Insane asylums in Bengal annual reports 1876-1887 - 1876-1887
Year: 1876
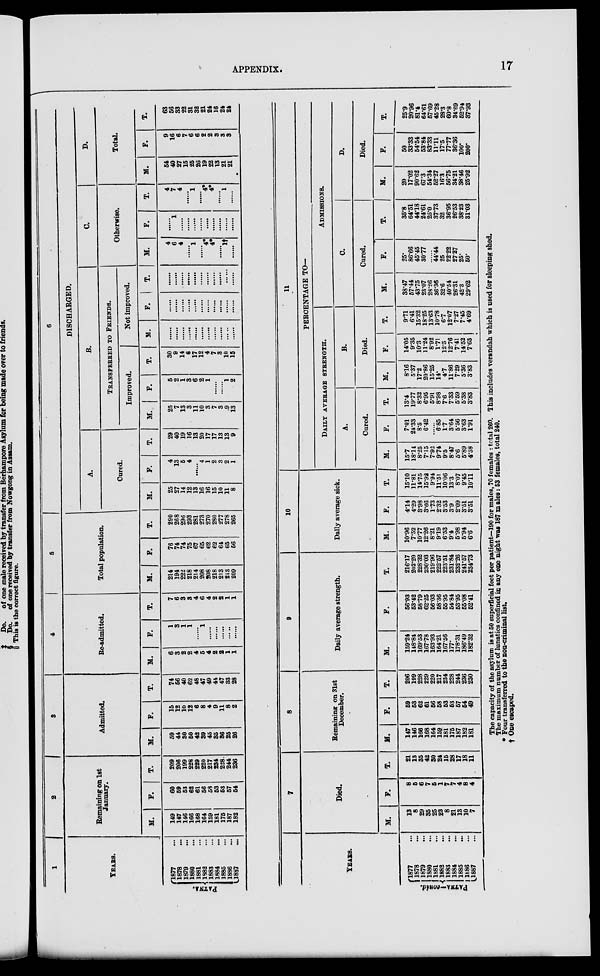
APPENDIX.
17
1
YEARS.
PATNA.
1877 ...
1878 ...
1879 ...
1880 ...
1881 ...
1882 ...
1883 ...
1884 ...
1885 ...
1886 ...
1887 ...
2
Remaining on 1st
January.
M.
149
147
146
166
168
164
159
181
175
187
182
F.
60
59
53
62
61
56
58
53
53
57
54
T .
209
206
199
228
229
220
217
234
228
244
236
3
Admitted.
M.
59
44
30
50
42
39
45
35
36
25
26
F.
15
12
10
12
6
8
4
9
11
8
2
T.
74
56
40
62
48
47
49
44
47
33
28
4
Re-admitted.
M.
6
3
2
2
4
5
4
2
2
1
1
F.
1
3
1
1
......
1
......
......
......
......
......
T.
7
6
3
3
4
6
4
2
2
1
1
5
Total population.
M.
214
194
222
218
214
208
208
218
213
213
209
F .
76
74
74
75
67
65
62
62
64
65
56
T.
290
268
296
293
281
273
270
280
277
278
265
6
DISCHARGED.
A.
Cured.
M.
25 27
14
12
13
16
16
15
10
11
8
F.
4
13
5
4
......
4
1
2
3
2
1
T.
29
40
19
16
13
20
17
17
13
13
9
B.
TRANSFERRED TO FRIENDS.
Improved.
M.
25
7
13
3
11
10
3
7
3
9
13
F.
5
2
1
3
6
2
1
......
......
1
2
T.
30
9
14
6
17
12
4
7
3
10
15
Not improved.
M.
......
......
......
......
......
......
......
......
......
......
......
F.
......
......
......
......
......
......
......
......
......
......
......
T.
......
......
......
......
......
......
......
......
......
......
......
C.
Otherwise.
M.
4
6
4
......
1
......
4*
4*
......
1†
......
F.
......
1
......
......
......
......
......
......
......
......
......
T .
4
7
4
......
1
......
4*
4*
......
1
......
D.
Total.
M.
54
40
27
15
25
26
19
22
13
21
21
F.
9
16
6
7
6
6
2
2
3
3
3
T.
63
56
33
22
31
32
21
24
16
24
24
YEARS.
PATNA—contd.
1877 ...
1878 ...
1879 ...
1880 ...
1881 ...
1882 ...
1883 ...
1884 ...
1885 ...
1886 ...
1887 ...
7
Died.
M.
13
8
29
35
25
23
8
21
13
10
7
F.
8
5
6
7
5
1
7
7
4
8
4
T.
21
13
35
42
30
24
15
28
17
18
11
8
Remaining on 31st
December.
M.
147
146
166
168
164
159
181
175
187
182
181
F.
59
53
62
61
56
58
53
53
57
54
49
T.
206
199
228
229
220
217
234
228
244
236
230
9
Daily average strength.
M.
159.24
148.84
169.53
167.78
163.93
164.21
167.56
177.
178.31
186.49
182.32
F.
56.93
53.42
58.79
62.25
56.03
58.36
55.95
54.84
53.95
55.08
52.41
T.
216.17
202.20
228.32
230.03
219.96
222.57
223.51
231.84
232.26
241.57
234.73
10
Daily average sick.
M.
10.96
7.52
10.77
12.26
8.21
9.19
6.53
9.4
5.98
5.94
6.6
F.
4.14
4.29
3.98
3.66
1.73
2.32
3.53
3.9
2.09
3.51
3.51
T.
15.10
11.81
14.75
15.92
9.94
11.51
10.06
13.3
8.07
9.45
10.11
11
PERCENTAGE TO—
DAILY AVERAGE STRENGTH.
A.
Cured.
M.
15.7
18.14
8.25
7.15
7.93
9.74
9.5
8.47
5.6
5.89
4.38
F.
7.01
24.33
8.5
6.42
......
6.85
1.7
3.64
5.56
3.63
1.91
T.
13.4
19.77
8.32
6.95
5.91
8.98
7.6
7.33
5.59
5.38
3.83
B.
Died.
M.
8.16
5.37
17.2
20.86
15.25
14.
4.7
11.86
7.29
5.36
3.83
F.
14.05
9.35
10.3
11.24
8.92
1.71
12.5
12.76
7.41
14.52
7.63
T.
9.71
6.41
15.32
18.25
13.63
10.78
6.7
12.07
7.27
7.45
4.69
ADMISSIONS.
C.
Cured.
M.
38.47
57.44
43.75
23.07
28.26
36.36
32.6
40.54
26.31
42.3
29.62
F.
25.
86.66
45.45
30.77
......
44.44
25
22.22
27.27
25.
50.
T.
35.8
64.51
44.18
24.61
25.0
37.73
32
36.95
26.53
38.23
31.03
D.
Died.
M.
20
17.02
90.62
67.3
54.34
52.27
16.3
56.75
34.21
38.46
25.92
F.
50
33.33
54.54
53.84
83.33
11.11
17.5
77.77
36.36
100.
200.
T.
25.9
20.96
81.4
64.61
57.69
45.28
28.3
60.8
34.69
52.94
37.93
The capacity of the asylum is at 50 superficial feet per patient—190 for males, 70 females : total 260. This includes verandah which is used for sleeping shed.
The maximum number of lunatics confined in any one night was 187 males: 53 females, total 240.
* Four transferred to the non-criminal list.
† One escaped.